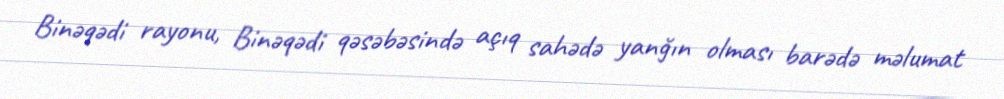
Binəqədi rayonu, Binəqədi qəsəbəsində açıq sahədə yanğın olması barədə məlumat